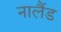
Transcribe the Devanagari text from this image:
नालैंड